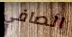
الصافي